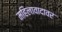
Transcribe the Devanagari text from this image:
महिलावादावर